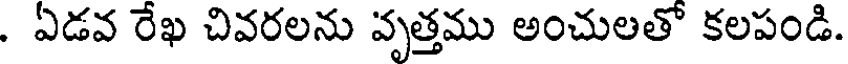
. ఏడవ రేఖ చివరలను వృత్తము అంచులతో కలపండి.